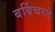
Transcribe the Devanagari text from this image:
बर्बिचरते